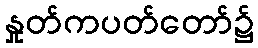
နှုတ်ကပတ်တော်၌